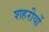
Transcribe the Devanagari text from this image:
शहरीयों